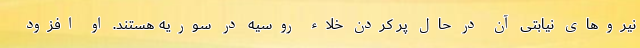
نیروهای نیابتی آن در حال پر کردن خلاء روسیه در سوریه هستند. او افزود